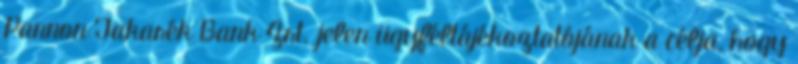
Pannon Takarék Bank Zrt. jelen ügyféltájékoztatójának a célja, hogy